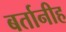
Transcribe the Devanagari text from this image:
बर्तानीह